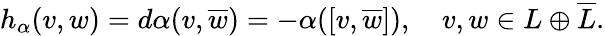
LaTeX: h_{\alpha}(v,w)=d\alpha(v,{\overline{{w}}})=-\alpha([v,{\overline{{w}}}]),\quad v,w\in L\oplus{\overline{{L}}}.